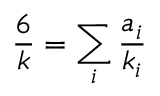
\frac 6 k = \sum _ { i } \frac { a _ { i } } { k _ { i } }